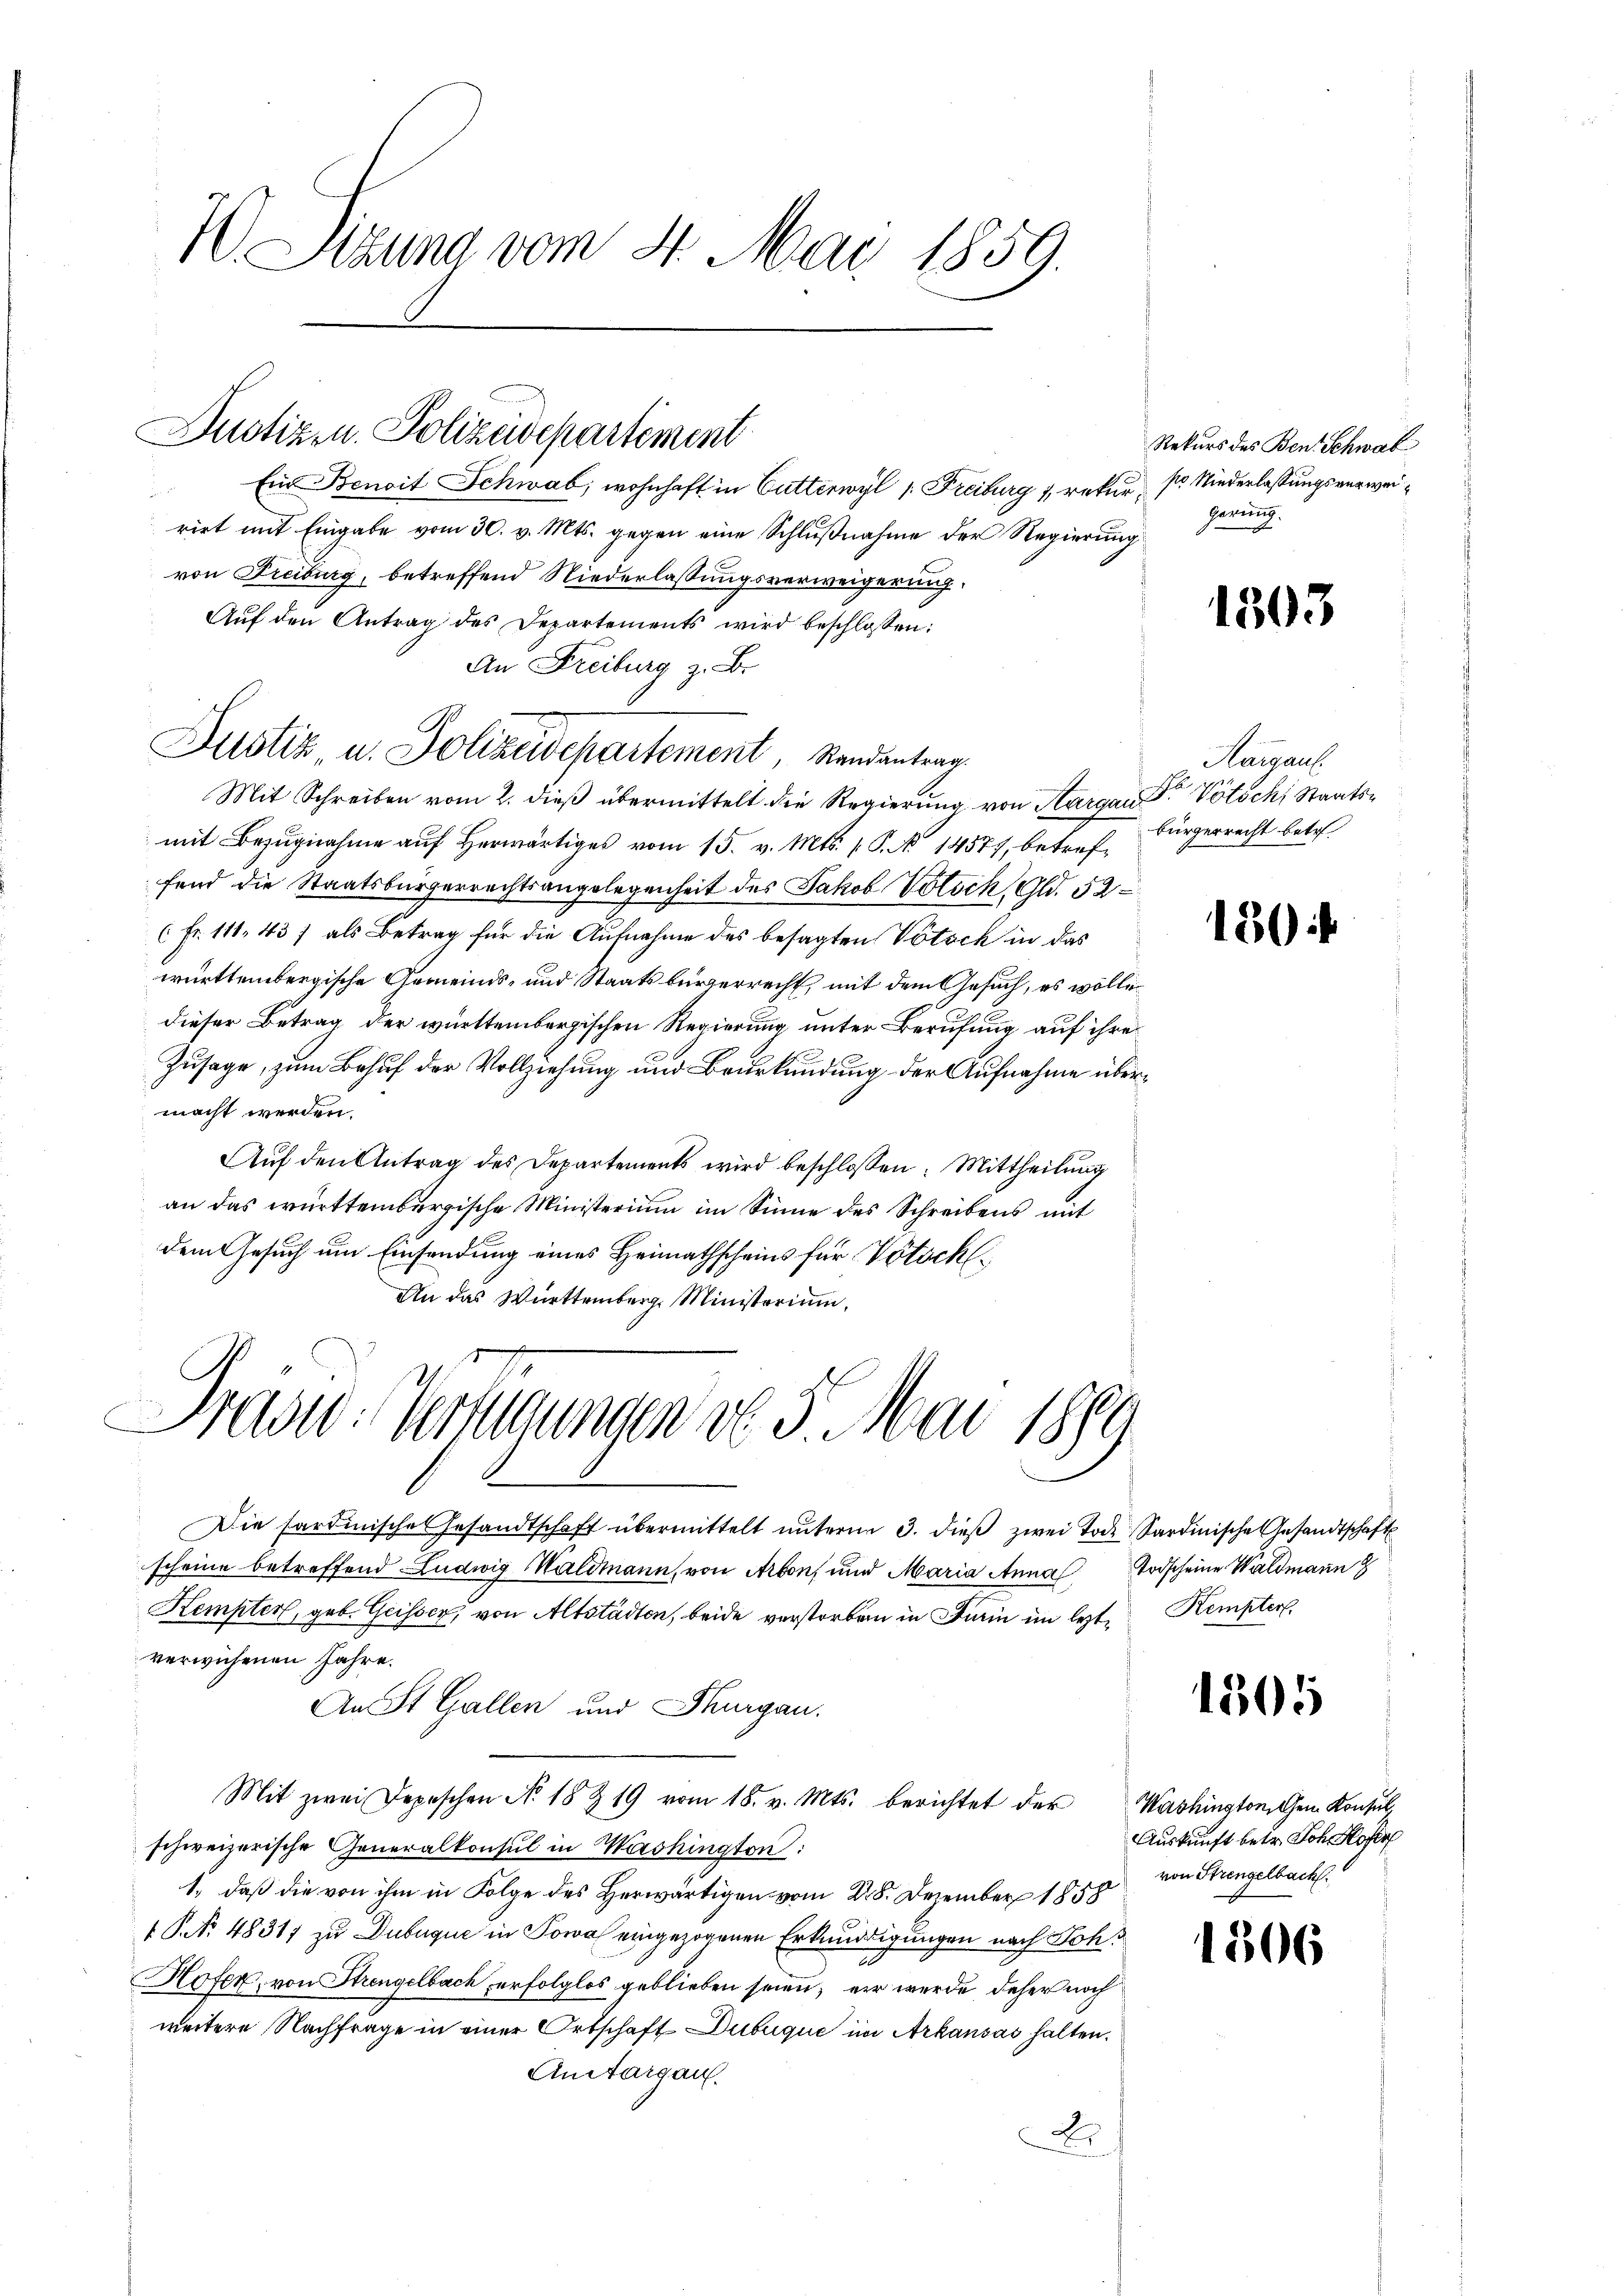
Sizung vom 4. Mai 1859.

Justizen. Polizeisepartement

Ein Benoit Schwab, wohnhaft in Gutterwyl (Freiburg 1, rekurs Niederlassungsverweiriet mit Eingabe vom 30. v. Mts. gegen eine Schlußnahme der Regierung
von Freiburg, betreffend Niederlassungsverweigerung.
Aŭf den Antrag des Departements wird beschlossen:
An Freiburg z. B.
Mit Schreiben vom 2. dieß übermittelt die Regierung von Aargar Dr. Vötsch, Staatsmit Bezugnahme aŭf herwärtiges vom 15. v. Mts. 1. P. No 14577, betreffend die Staatsbürgerrechtsangelegenheit des Jakob Votsch, Gld. 52
(Fr. 111, 43 f als Betrag für die Aufnahme des besagten Vötsch in das
württembergische Gemeinds- und Staatsbürgerrecht, mit dem Gesuch, es wolle
dieser Betrag der württembergischen Regierung unter Berufung auf ihre
Zusage, zum Behuf der Vollziehung und Beurkundung der Aufnahme übermacht werden.
Aŭf den Antrag des Departements wird beschlossen: Mittheilung
an das württembergische Ministerium im Sinne des Schreibens mit
dem Gesuch um Einsendung eines Heimathscheins für Votschl¬
An das Württemberg. Ministorium,
Prave. Wertungen d. 3. Mai 1889
Die sardinische Gesandtschaft übermittelt ŭnterm 3. dieβ zwei Tode Sardinische Gesandtschaft
scheine betreffend Ludwig Waldmann, von Arbon, und Maria Anna Todscheine Waldmann
Kempter, geb. Geisser, von Altstädten, beide verstorben in Darin im lezte Kempter
verwichenen Jahre.
An St. Gallen und Thurgau.
Mit zwei Depeschen No. 18 & 19 vom 18. v. Mts. berichtet der Washington den Konsul,
schweizerische Generalkonsul in Washington:
1., daß die von ihm in Folge des Herwärtigen vom 28. Dezember 1858
1 S. No. 48317 zu Dubuque in Sowa eingezogenen Erkunddigungen nach Soh¬
Hofer, von Strengelbach erfolglos geblieben seien; er wurde daher noch
weitere Nachfrage in einer Ortschaft Dubuque im Arkausas halten.
Antargau.
Er

Justiz, u. Polizeidepartement, Randantrag.

Rekurs des Benz Schwal
gerung.

1303

Hargaus
bürgerrecht betr.

130

1505

1306

Auskunft betr. Joh. Koste
von Strengelbach.